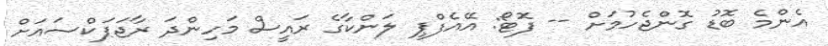
އެންމެ ބޮޑު ގޮންޖެހުމަށް -- ފޮޓޯ: އޭއެފްޕީ ލަންކާގެ ރައީސް މަހިންދަ ރާޖަޕަކްސައަށް